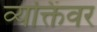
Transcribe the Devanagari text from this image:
व्यक्तिंवर